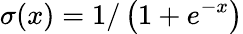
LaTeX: \sigma(x)=1/\left(1+e^{-x}\right)